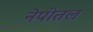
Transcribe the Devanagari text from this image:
नेपीतल